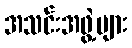
အသင်းအဖွဲ့များ